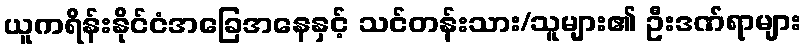
ယူကရိန်းနိုင်ငံအခြေအနေနှင့် သင်တန်းသား/သူများ၏ ဦးဒဏ်ရာများ